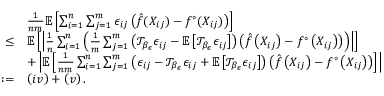
\begin{array} { r l } & { \frac { 1 } { n m } \mathbb { E } \left[ \sum _ { i = 1 } ^ { n } \sum _ { j = 1 } ^ { m } \epsilon _ { i j } \left( \hat { f } ( X _ { i j } ) - f ^ { \circ } ( X _ { i j } ) \right) \right] } \\ { \leq } & { \mathbb { E } \left[ \left| \frac { 1 } { n } \sum _ { i = 1 } ^ { n } \left( \frac { 1 } { m } \sum _ { j = 1 } ^ { m } \left( \mathcal { T } _ { \beta _ { \epsilon } } \epsilon _ { i j } - \mathbb { E } \left[ \mathcal { T } _ { \beta _ { \epsilon } } \epsilon _ { i j } \right] \right) \left( \hat { f } \left( X _ { i j } \right) - f ^ { \circ } \left( X _ { i j } \right) \right) \right) \right| \right] } \\ & { + \left| \mathbb { E } \left[ \frac { 1 } { n m } \sum _ { i = 1 } ^ { n } \sum _ { j = 1 } ^ { m } \left( \epsilon _ { i j } - \mathcal { T } _ { \beta _ { \epsilon } } \epsilon _ { i j } + \mathbb { E } \left[ \mathcal { T } _ { \beta _ { \epsilon } } \epsilon _ { i j } \right] \right) \left( \hat { f } \left( X _ { i j } \right) - f ^ { \circ } \left( X _ { i j } \right) \right) \right] \right| } \\ { : = } & { \left( \uppercase \expandafter { \romannumeral 4 } \right) + \left( \uppercase \expandafter { \romannumeral 5 } \right) . } \end{array}